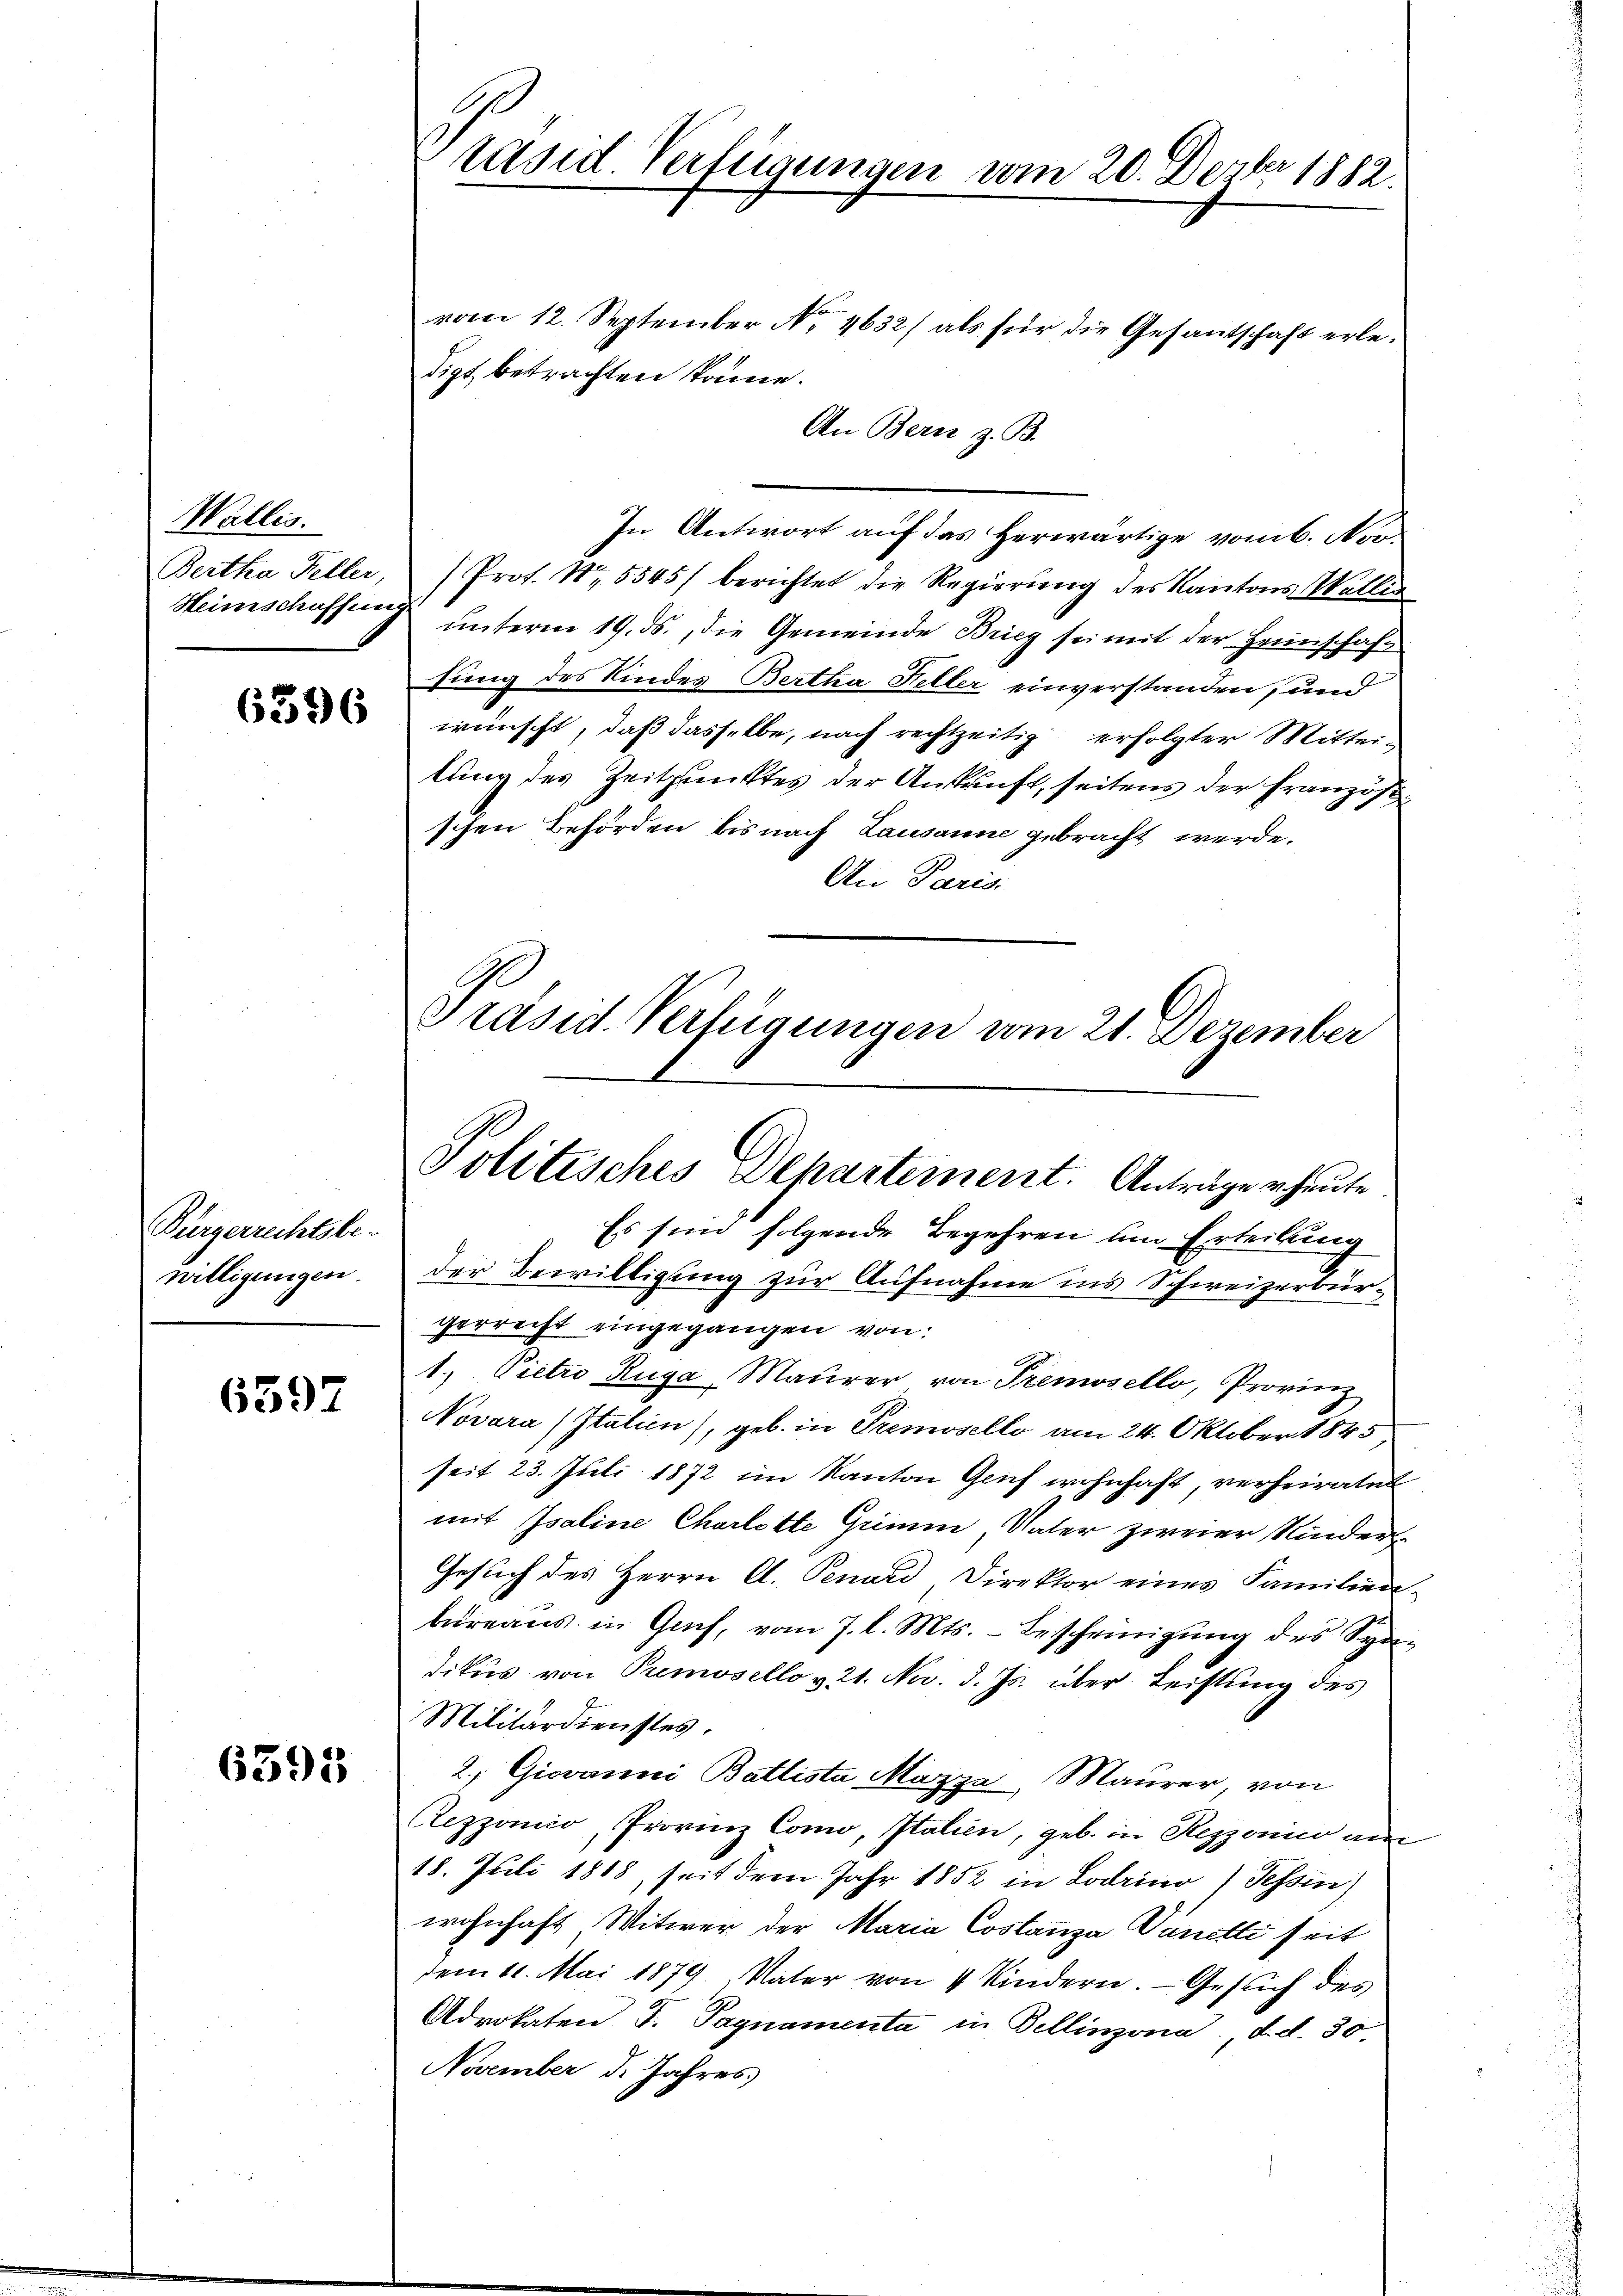
Wallis.

6396

Bürgerrechtsbe-
willigungen.

6597

6395

Präsid. Verfügungen vom 20. Dezbr 1882.

vom 12. September No 4632) als für die Gesandtschaft erledigt betrachten könne.
An Bern z. B.
In Antwort auf das herwärtige vom 6. Nov
Bertha Feller, Prof. Nr. 5545/ berichtet die Regierŭng des Kantons Wallis
Heimschaffung unterm 19. ds., die Gemeinde Brieg sei mit der Heimschaft
sung des Kindes Bertha Feller einverstanden, und
wünscht, daß dasselbe, nach rechtzeitig erfolgter Mitteitung des Zeitpunktes der Ankunft, seitens der Französschen Behörden bis nach Lausanne gebracht werde.
An Paris.
Es sein folgende Begehren um Erteilung
der Bewilligung zur Aufnahme ins Schweizerbürgerrecht eingegangen von
1. Pietro Ruga, Maurer von Premovello, Provinz
Novara (Italien), geb. in Premovello am 24. Oktober 1845,
seit 23. Juli 1872 im Kanton Geif wohnhaft, verheiratet
mit Isaline Charlotte Grimm, Vater zweier Kinder
Gesuch des Herrn A. Penard, Direktor eines Familienbüreaŭs in Gach, vom 7. l. Mts. - Bescheinigŭng des Sy-
dikus von Premovello v. 21. Nov. d. Js. über Leistŭng des
Militärdienstes.
2; Giovanni Ballista Mazza, Maurer, von
Rezzonico, Provinz Como, Italien, geb. in Rezzonico am
18. Juli 1818, seit dem Jahr 1852 in Lodrino) Tessin)
wohnhaft Witwer der Maria Costanza Vanilli seit
dem 11. Mai 1879, Vater von 4 Kindern. Gesŭch des
Advokaten F. Pagnamenta in Bellinzona, d. d. 30.
November d. Jahres

Präsid. Verfügungen vom 21. Dezember
Politisches Departement. Anträge heute